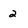
Character: 2